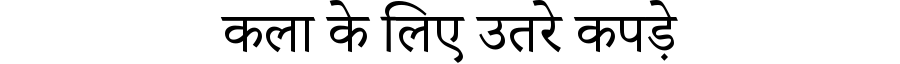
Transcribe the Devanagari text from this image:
कला के लिए उतरे कपड़े